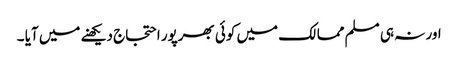
اور نہ ہی مسلم ممالک میں کوئی بھرپور احتجاج دیکھنے میں آیا ۔